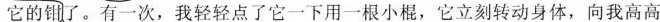
它的钳了。有一次，我轻轻点了它一下用一根小棍，它立刻转动身体，向我高高